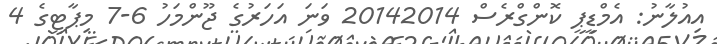
އިއުލާނު: އެމްޑީޕީ ކޮންގްރެސް 20142014 ވަނަ އަހަރުގެ ޖޫންމަހު 6-7 މިޕާޓީގެ 4